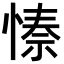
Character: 𭝺